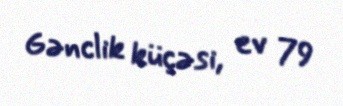
Gənclik küçəsi, ev 79